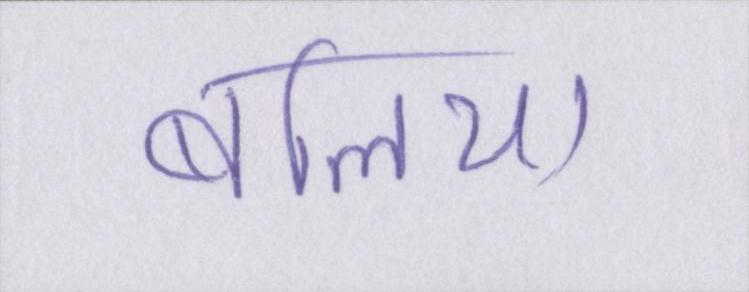
बलिया